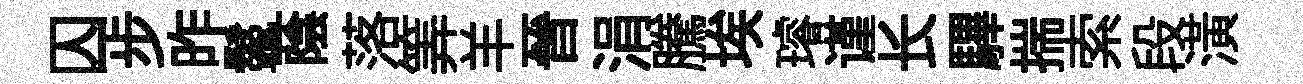
囚步昨鬣蔭落筭羊晉涓騰埃璿谨长驆揣索段潢